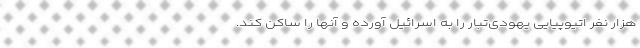
هزار نفر اتیوپیایی یهودی‌تبار را به اسرائیل آورده و آنها را ساکن کند.